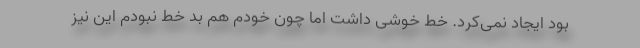
بود ایجاد نمی‌کرد. خط خوشی داشت اما چون خودم هم بد خط نبودم این نیز